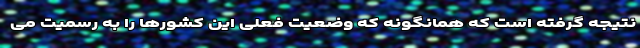
نتیجه گرفته است که همانگونه که وضعیت فعلی این کشورها را به رسمیت می